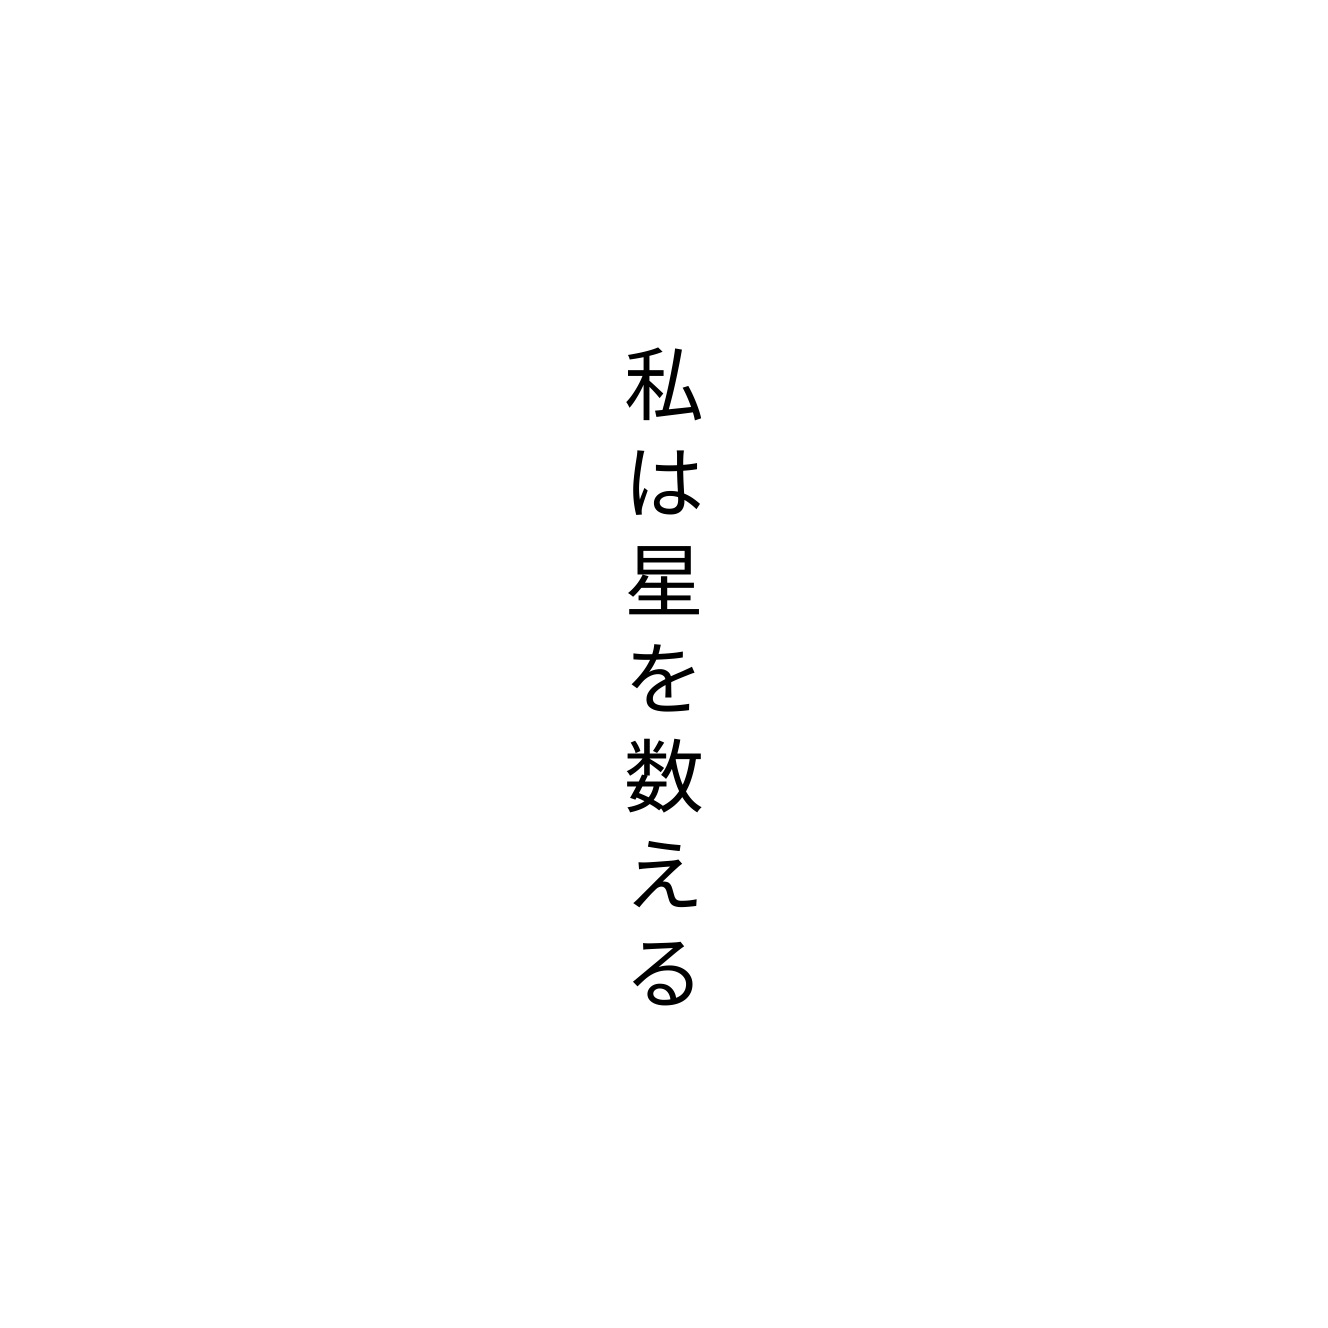
私は星を数える